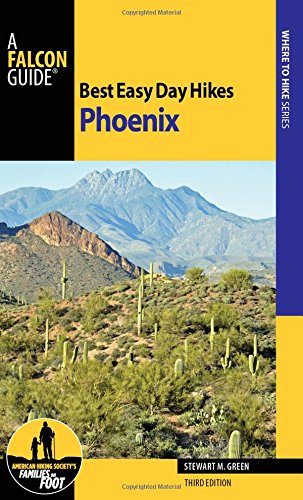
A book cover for Best Easy Day Hikes Phoenix (Best Easy Day Hikes Series); Stewart M. Green; Travel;